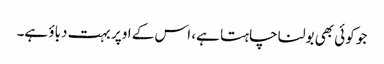
جو کوئی بھی بولنا چاہتا ہے، اس کے اوپر بہت دباؤ ہے۔